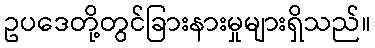
ဥပဒေတို့တွင်ခြားနားမှုများရှိသည်။